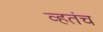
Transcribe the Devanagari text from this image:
व्हतंच